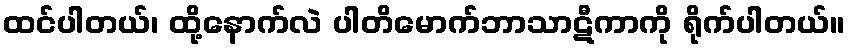
ထင်ပါတယ်၊ ထို့နောက်လဲ ပါတိမောက်ဘာသာဋီကာကို ရိုက်ပါတယ်။